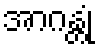
အာဂန္တုံ